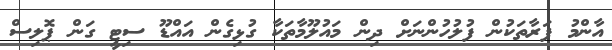
އާންމު ފަރާތަކުން ފުލުހުންނަށް ދިން މައުލޫމާތަކާ ގުޅިގެން އައްޑޫ ސިޓީ ގަން ޕޮލިސް